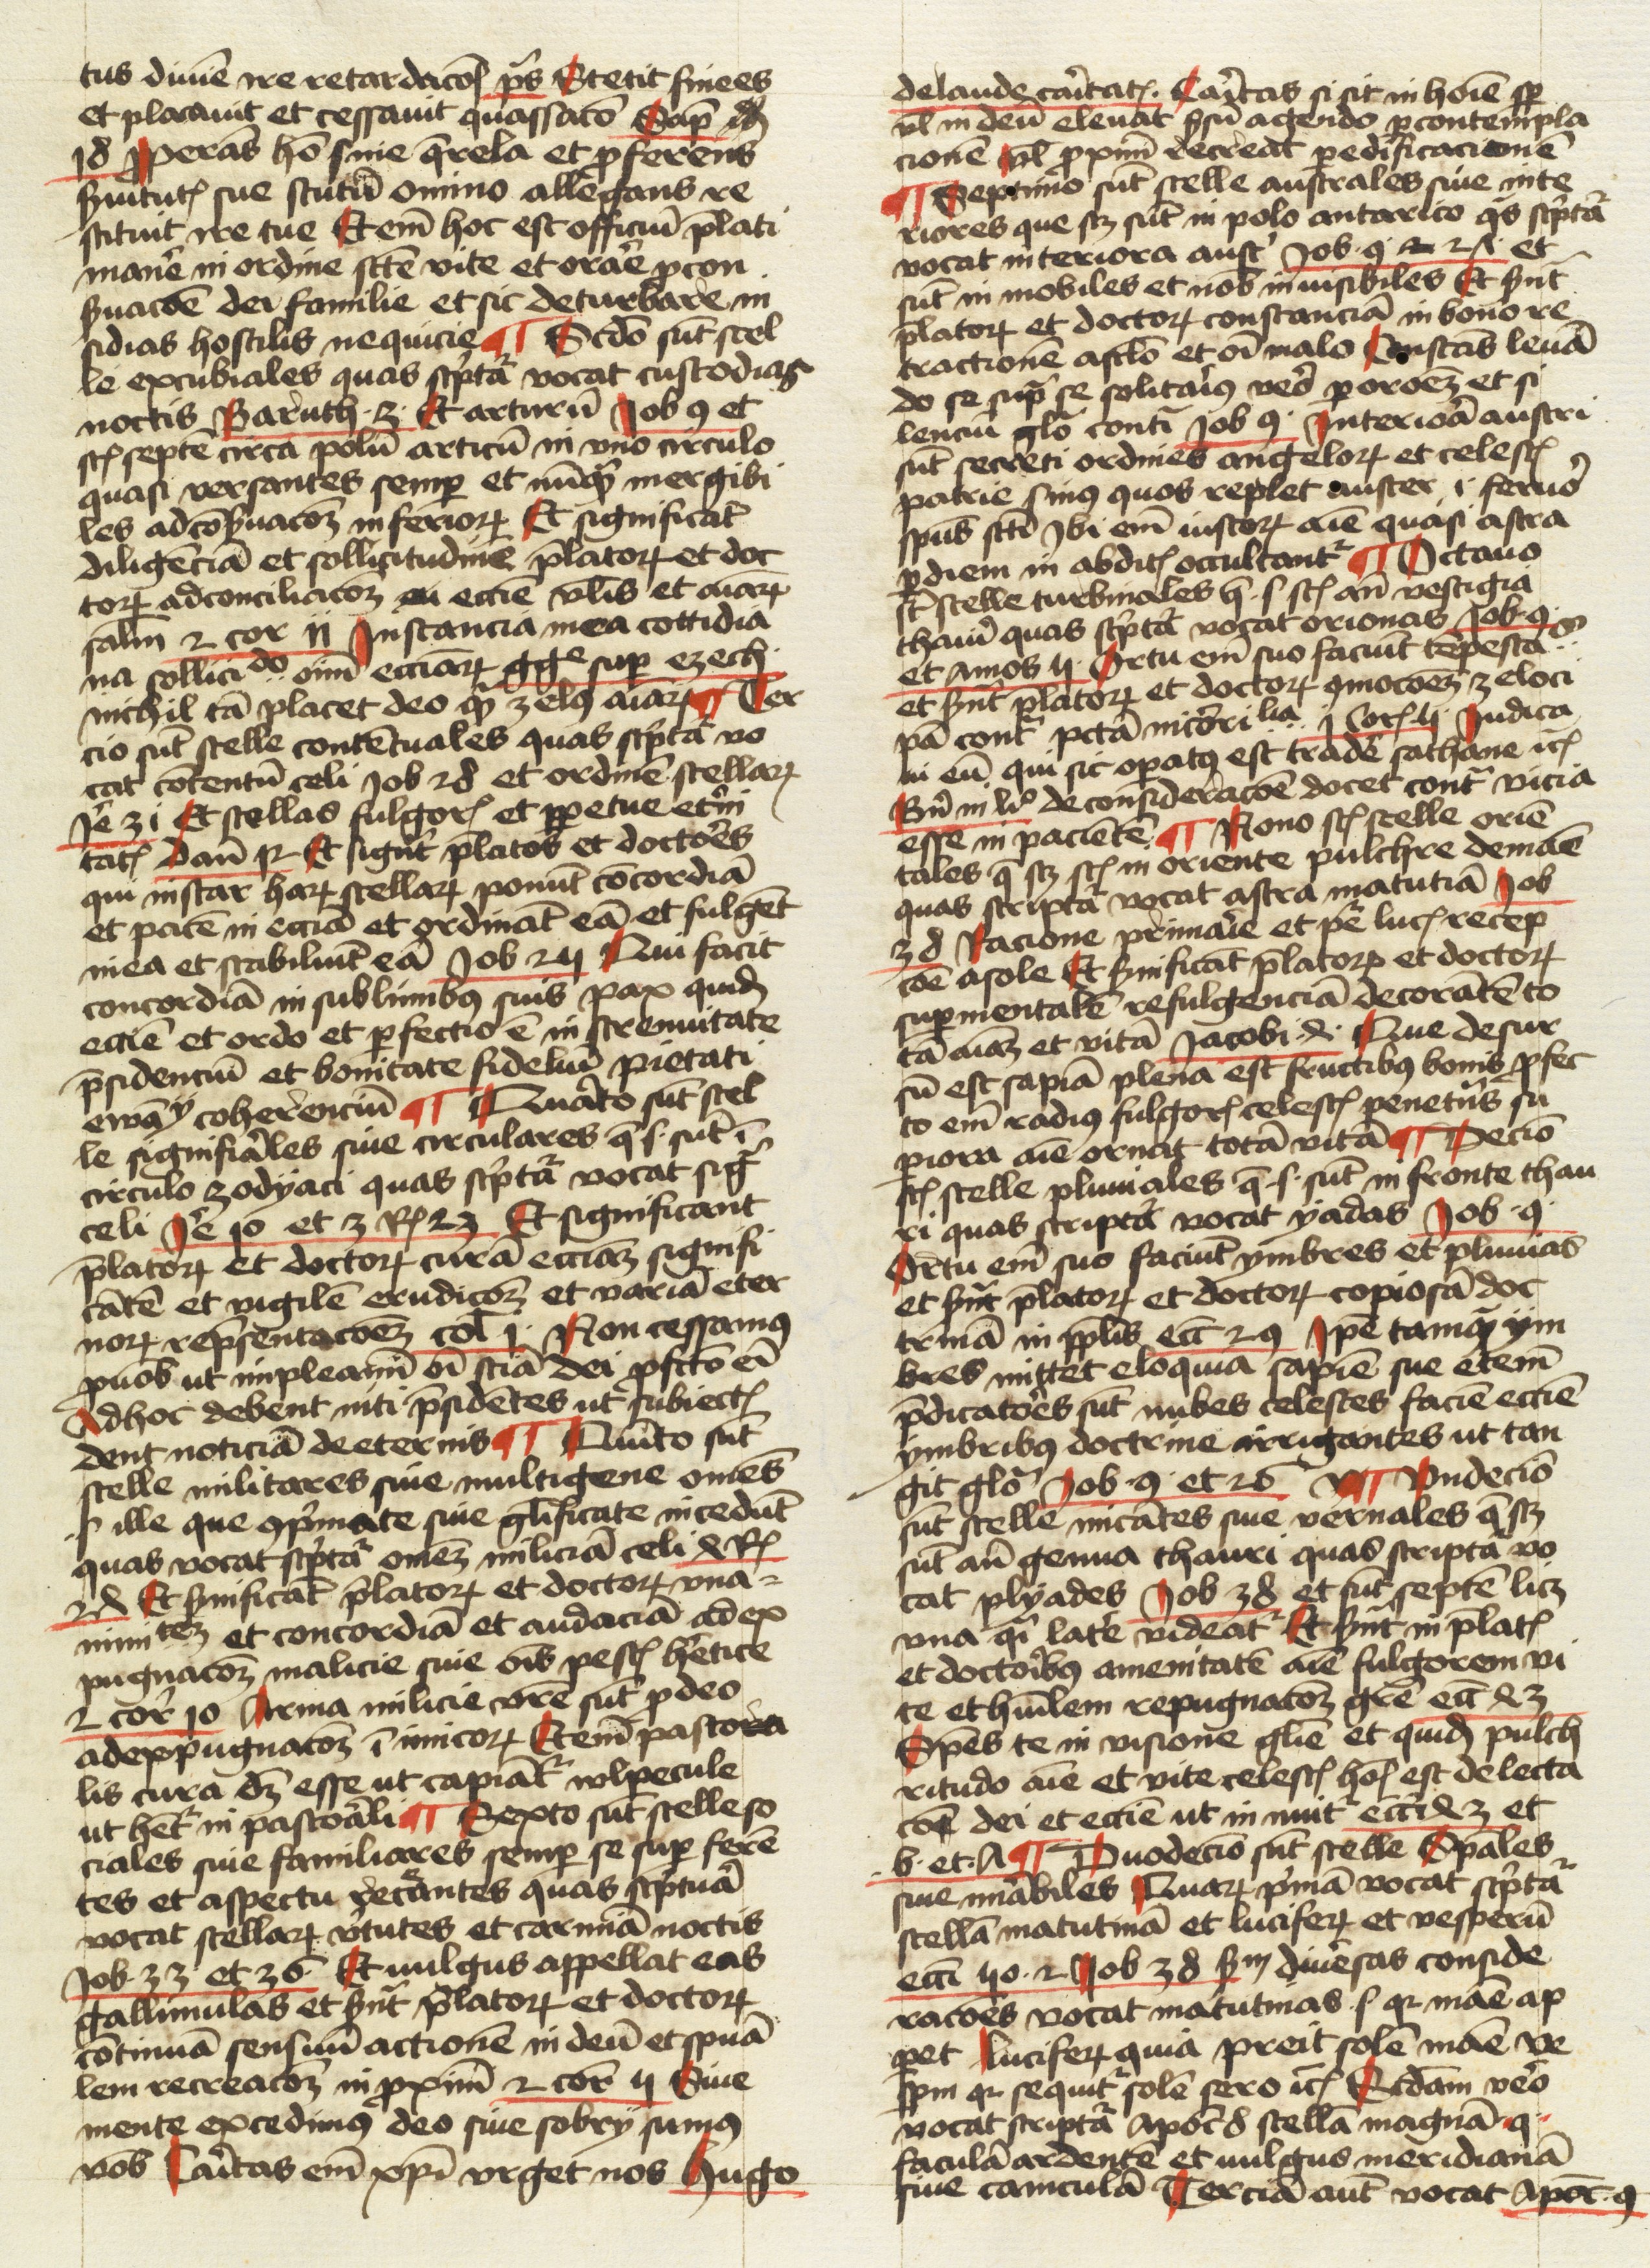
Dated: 1474–1474